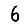
Digit: 6